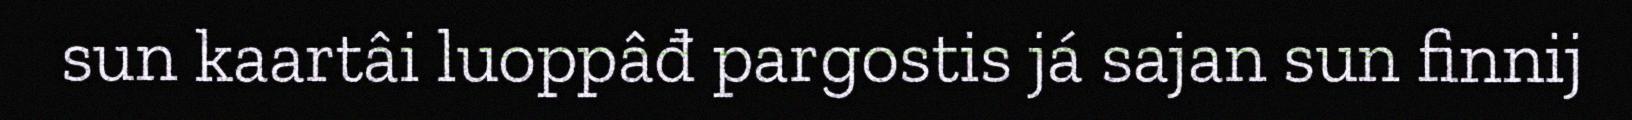
sun kaartâi luoppâđ pargostis já sajan sun finnij